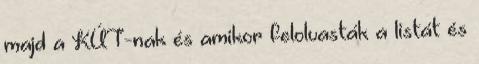
majd a KÚT-nak és amikor felolvasták a listát és